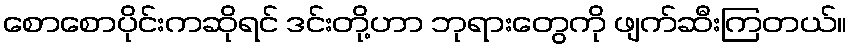
စောစောပိုင်းကဆိုရင် ဒင်းတို့ဟာ ဘုရားတွေကို ဖျက်ဆီးကြတယ်။